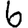
Digit: 6